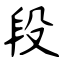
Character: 段